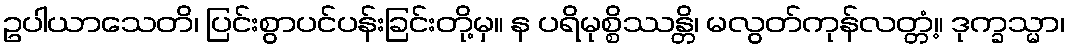
ဥပါယာသေတိ၊ ပြင်းစွာပင်ပန်းခြင်းတို့မှ။ န ပရိမုစ္စိဿန္တိ၊ မလွတ်ကုန်လတ္တံ့။ ဒုက္ခသ္မာ၊